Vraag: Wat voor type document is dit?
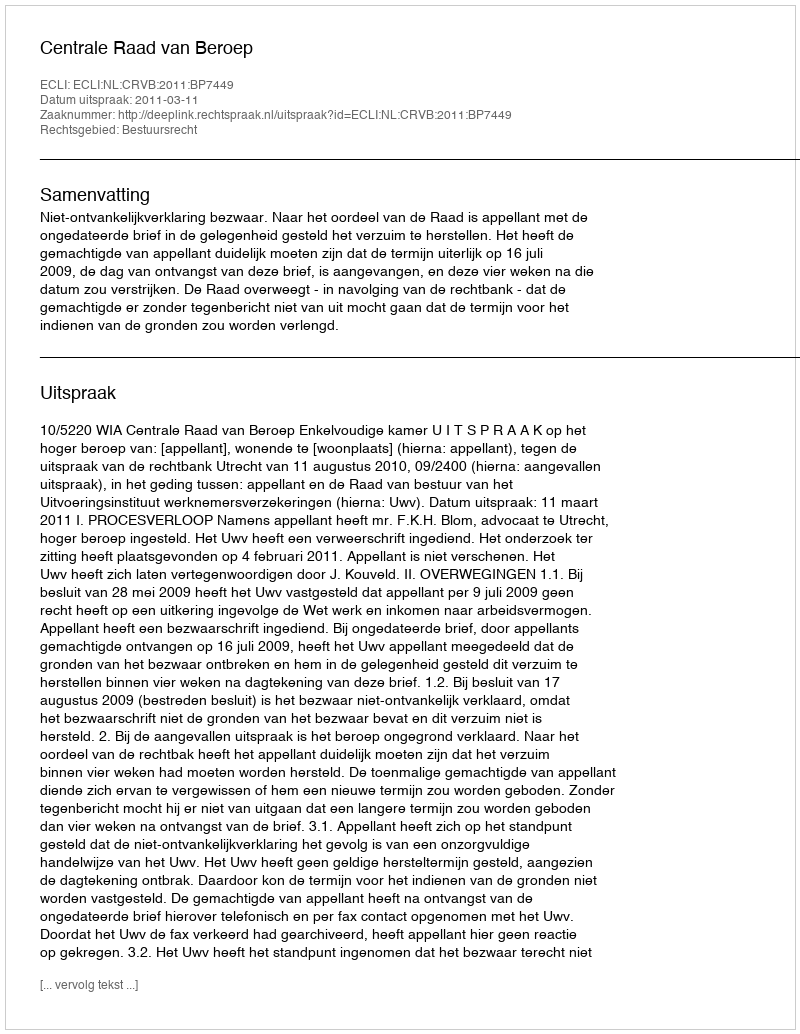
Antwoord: Uitspraak